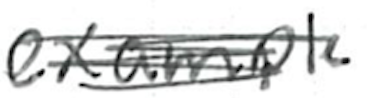
Text: example
Cross-out: scratch
Writing tool: ballpoint